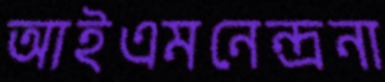
আইএমনেন্দ্রনা